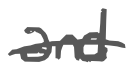
Text: and
Cross-out: single-line
Writing tool: digital_gray